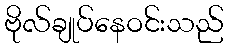
ဗိုလ်ချုပ်နေဝင်းသည်